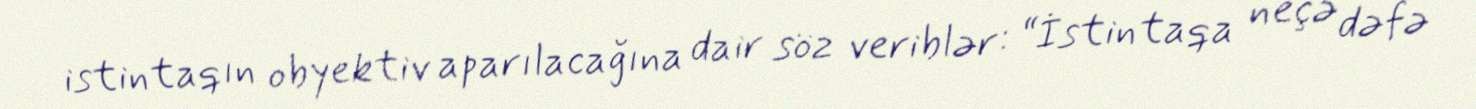
istintaqın obyektiv aparılacağına dair söz veriblər: “İstintaqa neçə dəfə